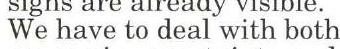
We have to deal with both